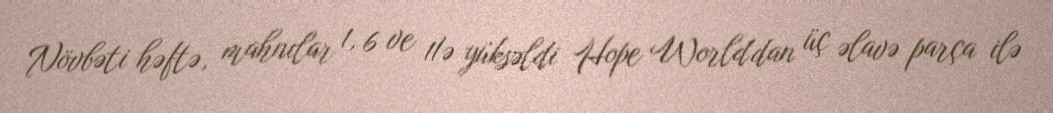
Növbəti həftə, mahnılar 1, 6 ve 11'ə yüksəldi Hope World'dan üç əlavə parça ilə